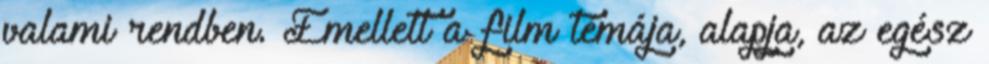
valami rendben. Emellett a film témája, alapja, az egész